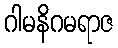
ဂါမနိဂမရာဇ